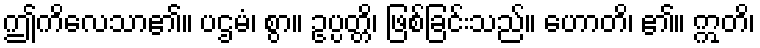
ဤကိလေသာ၏။ ပဌမံ၊ စွာ။ ဥပ္ပတ္တိ၊ ဖြစ်ခြင်းသည်။ ဟောတိ၊ ၏။ ဣတိ၊